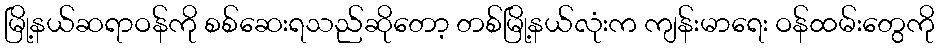
မြို့နယ်ဆရာဝန်ကို စစ်ဆေးရသည်ဆိုတော့ တစ်မြို့နယ်လုံးက ကျန်းမာရေး ဝန်ထမ်းတွေကို